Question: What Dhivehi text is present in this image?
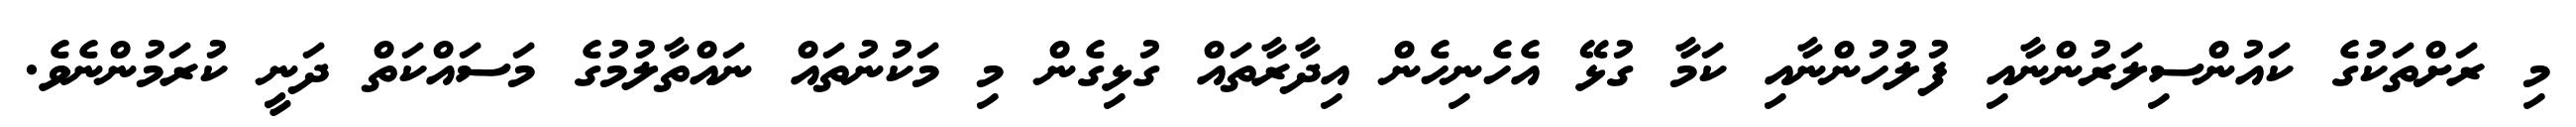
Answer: މި ރަށްތަކުގެ ކައުންސިލަރުންނާއި ފުލުހުންނާއި ކަމާ ގުޅޭ އެހެނިހެން އިދާރާތައް ގުޅިގެން މި މަކުނުތައް ނައްތާލުމުގެ މަސައްކަތް ދަނީ ކުރަމުންނެވެ.